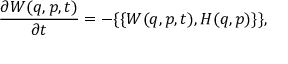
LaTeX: { \frac { \partial W ( q , p , t ) } { \partial t } } = - \{ \{ W ( q , p , t ) , H ( q , p ) \} \} ,